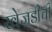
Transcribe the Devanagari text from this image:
खेजडीची